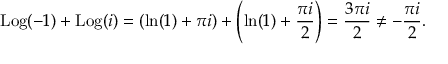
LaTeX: \operatorname { L o g } ( - 1 ) + \operatorname { L o g } ( i ) = \left( \ln ( 1 ) + \pi i \right) + \left( \ln ( 1 ) + { \frac { \pi i } { 2 } } \right) = { \frac { 3 \pi i } { 2 } } \neq - { \frac { \pi i } { 2 } } .